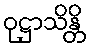
ဝုဋ္ဌာသိန္တိ